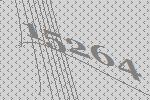
15264